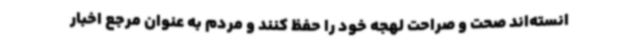
انسته‌اند صحت و صراحت لهجه خود را حفظ کنند و مردم به عنوان مرجع اخبار